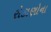
રોકાણોના